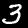
Digit: 3